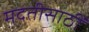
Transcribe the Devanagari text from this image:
मदतीसाठीं